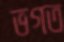
ভগত